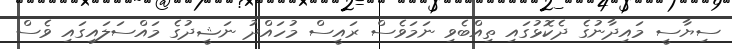
ސިޔާސީ މައިދާނުގެ ދެކޮޅުގައި ތިއްބެވި ނަމަވެސް ރައީސް މުހައްދު ނަޝީދުގެ މައްސަލައިގައި ވެސް